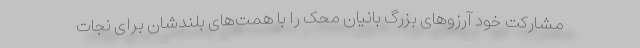
مشارکت خود آرزوهای بزرگ بانیان محک را با همت‌های بلندشان برای نجات